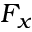
F _ { x }